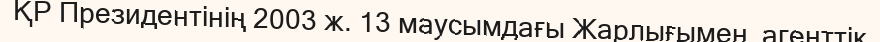
ҚР Президентінің 2003 ж. 13 маусымдағы Жарлығымен  агенттік